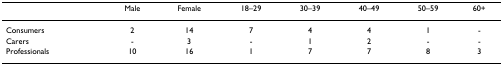
<table><thead><tr><td>[EMPTY_CELL]</td><td><b>Male</b></td><td><b>Female</b></td><td><b>18–29</b></td><td><b>30–39</b></td><td><b>40–49</b></td><td><b>50–59</b></td><td><b>60+</b></td></tr></thead><tbody><tr><td>Consumers</td><td>2</td><td>14</td><td>7</td><td>4</td><td>4</td><td>1</td><td>-</td></tr><tr><td>Carers</td><td>-</td><td>3</td><td>-</td><td>1</td><td>2</td><td>-</td><td>-</td></tr><tr><td>Professionals</td><td>10</td><td>16</td><td>1</td><td>7</td><td>7</td><td>8</td><td>3</td></tr></tbody></table>